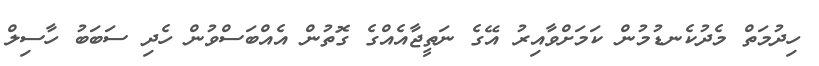
ހިދުމަތް މެދުކެނޑުމުން ކަމަށްވާއިރު އޭގެ ނަތީޖާއެއްގެ ގޮތުން އެއްބަސްވުން ހެދި ސަބަބު ހާސިލް